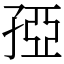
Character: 孲